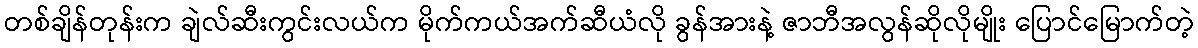
တစ်ချိန်တုန်းက ချဲလ်ဆီးကွင်းလယ်က မိုက်ကယ်အက်ဆီယံလို ခွန်အားနဲ့ ဇာဘီအလွန်ဆိုလိုမျိုး ပြောင်မြောက်တဲ့